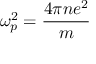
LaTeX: \omega _ { p } ^ { 2 } = { \frac { 4 \pi n e ^ { 2 } } { m } }